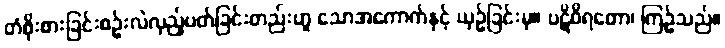
တံစိုးစားခြင်းစဉ်းလဲလှည့်ပတ်ခြင်းတည်းဟူ သောအကောက်နှင့် ယှဉ်ခြင်းမှ။ ပဋိဝိရတော၊ ကြဉ်သည်။